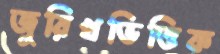
জুরিখভিত্তিক